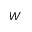
W